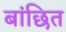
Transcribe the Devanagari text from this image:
बांछित